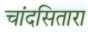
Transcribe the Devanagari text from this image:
चांदसितारा